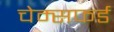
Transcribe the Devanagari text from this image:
चेम्सफर्ड